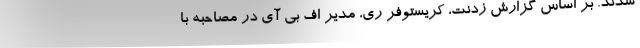
شدند. بر اساس گزارش زدنت، کریستوفر ری، مدیر اف بی آی در مصاحبه با